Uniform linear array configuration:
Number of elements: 48
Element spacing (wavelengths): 0.25
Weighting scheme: uniform
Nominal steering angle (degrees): -45
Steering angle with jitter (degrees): -44.365
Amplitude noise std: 0.05
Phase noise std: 0.05

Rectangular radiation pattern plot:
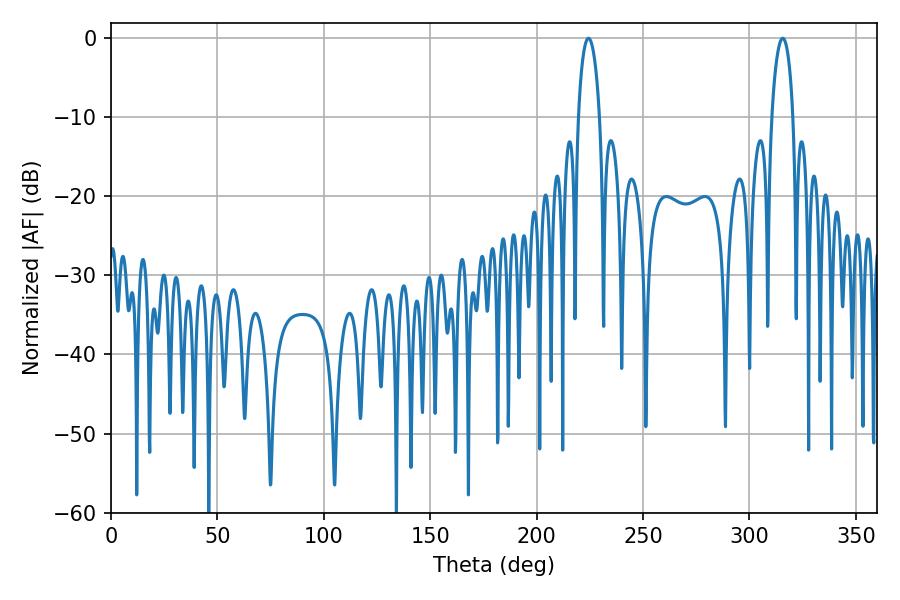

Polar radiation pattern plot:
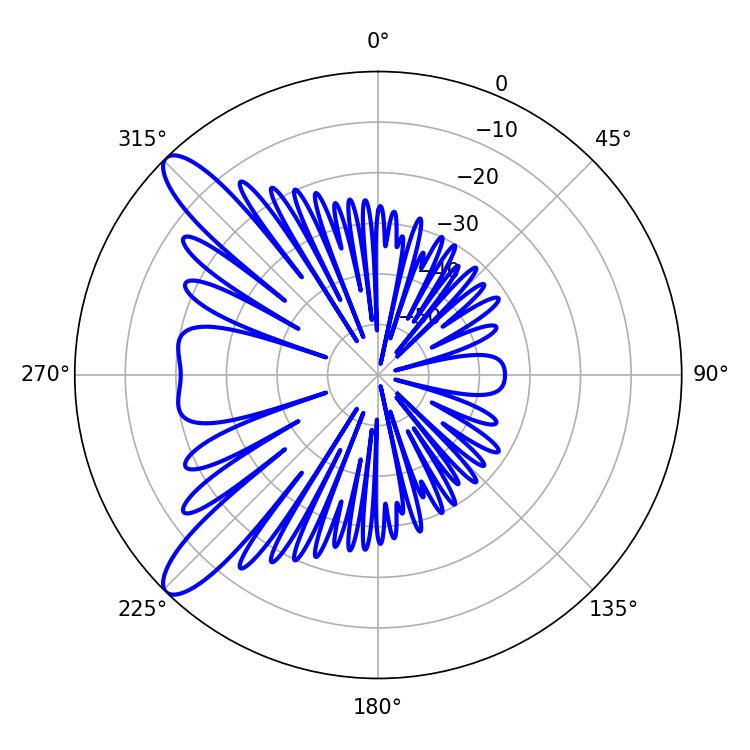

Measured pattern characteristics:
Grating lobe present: FALSE
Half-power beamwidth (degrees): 5.76
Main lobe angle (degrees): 224.28